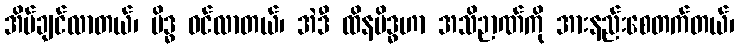
အိပ်ချင်လာတယ်၊ မိဒ္ဓ ဝင်လာတယ်၊ အဲဒီ ထိနမိဒ္ဓဟာ အသိဉာဏ်ကို အားနည်းစေတက်တယ်၊